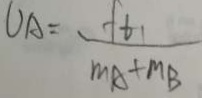
L _ { A } = \frac { f _ { t 1 } } { M _ { A } + M _ { B } }